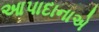
આપાદાનાએ